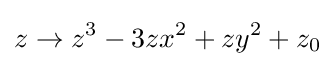
z\to z^{3}-3zx^{2}+zy^{2}+z_{0}